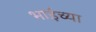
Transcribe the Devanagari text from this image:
भाईच्या